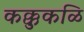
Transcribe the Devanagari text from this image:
कक्कुकळि